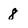
Character: 8